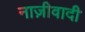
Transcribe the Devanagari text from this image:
नाज़ीवादी